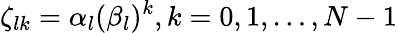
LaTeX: \zeta_{lk}=\alpha_{l}(\beta_{l})^{k},k=0,1,\dots,N-1